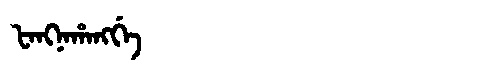
Manchu: ᡶᠠᠩᠨᠠᡥᠠᠩᡤᡝ
Romanization: FANGNAHANGGE